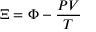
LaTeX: \Xi = \Phi - { \frac { P V } { T } }